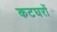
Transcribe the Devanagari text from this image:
कटघरों